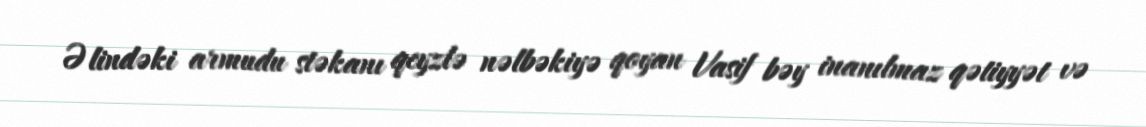
Əlindəki armudu stəkanı qeyzlə nəlbəkiyə qoyan Vasif bəy inanılmaz qətiyyət və